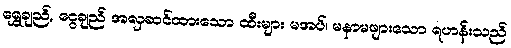
ရွှေချည်, ငွေချည် အလှဆင်ထားသော ထီးများ မအပ်၊ မနာမဖျားသော ရဟန်းသည်